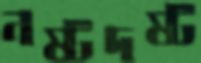
নষ্টদষ্ট